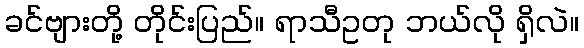
ခင်ဗျားတို့ တိုင်းပြည်။ ရာသီဥတု ဘယ်လို ရှိလဲ။